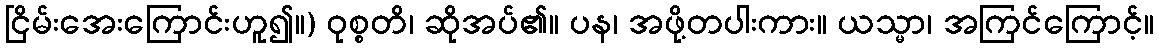
ငြိမ်းအေးကြောင်းဟူ၍။) ဝုစ္စတိ၊ ဆိုအပ်၏။ ပန၊ အဖို့တပါးကား။ ယသ္မာ၊ အကြင်ကြောင့်။